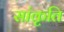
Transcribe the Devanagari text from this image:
सांकृति